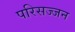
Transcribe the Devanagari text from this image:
परिसज्जन